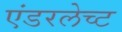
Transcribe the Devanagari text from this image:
एंडरलेच्ट